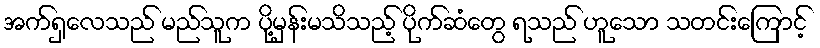
အက်ရှလေသည် မည်သူက ပို့မှန်းမသိသည့် ပိုက်ဆံတွေ ရသည် ဟူသော သတင်းကြောင့်